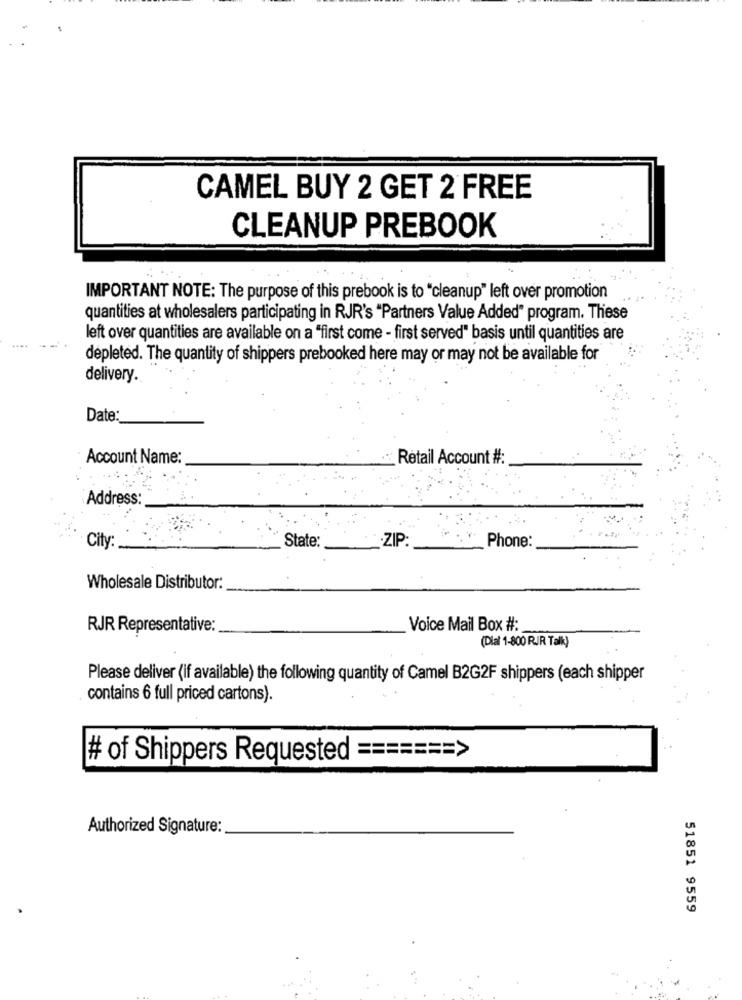
CAMEL BUY 2 GET 2 FREE
CLEANUP PREBOOK
IMPORTANT NOTE: The purpose of this prebook is to "cleanup" left over promotion
quantities at wholesalers participating in RJR's "Partners Value Added" program. These
left over quantities are available on a "first come - first served" basis until quantities are
depleted. The quantity of shippers prebooked here may or may not be available for
delivery.
Date:
Account Name:
Retail Account #:
Address:
.ZIP
City:
State:
Phone:
Wholesale Distributor:
RJR Representative:
Voice Mail Box #:
(Dlal 1-800 RJR Talk)
Please deliver (if available) the following quantity of Camel B2G2F shippers (each shipper
contains 6 full priced cartons).
# of Shippers Requested ======= >
Authorized Signature:
51851 9559